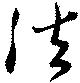
法